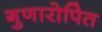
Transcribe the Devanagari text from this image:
गुणारोपित